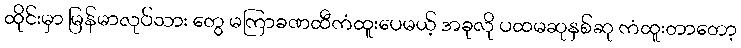
ထိုင်းမှာ မြန်မာလုပ်သား တွေ မကြာခဏထီကံထူးပေမယ့် အခုလို ပထမဆုနှစ်ဆု ကံထူးတာတော့